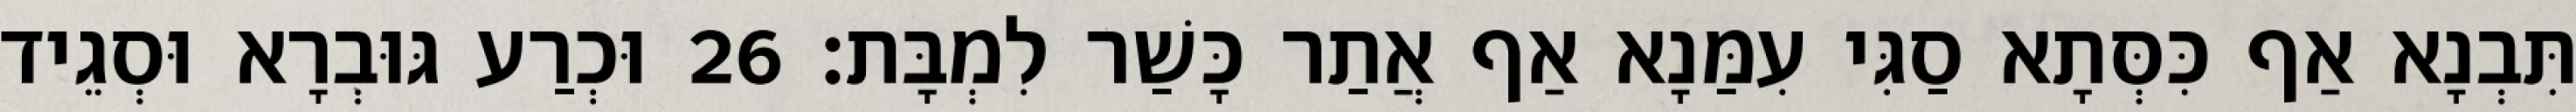
תִּבְנָא אַף כִּסְּתָא סַגִּי עִמַּנָא אַף אֲתַר כָּשַׁר לִמְבָּת׃ 26 וּכְרַע גּוּבְרָא וּסְגֵיד